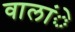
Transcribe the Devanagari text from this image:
वालांे